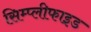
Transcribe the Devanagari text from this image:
सिम्प्लीफाइड